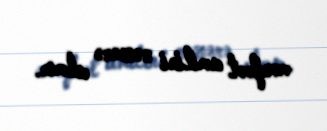
mənfəət amilini nəzərə almır.